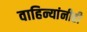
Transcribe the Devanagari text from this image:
वाहिन्यांनीही